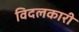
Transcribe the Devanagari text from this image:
विदलकारी